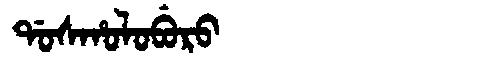
Manchu: ᡩᠣᠰᡥᠣᠯᠣᠪᡠᡵᠣ
Romanization: DOSHOLOBURO